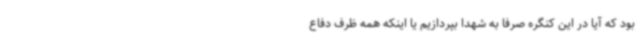
بود که آیا در این کنگره صرفاً به شهدا بپردازیم یا اینکه همه ظرف دفاع